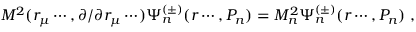
{ \cal M } ^ { 2 } ( r _ { \mu } \cdots , \partial / \partial r _ { \mu } \cdots ) \Psi _ { n } ^ { ( \pm ) } ( r \cdots , P _ { n } ) = M _ { n } ^ { 2 } \Psi _ { n } ^ { ( \pm ) } ( r \cdots , P _ { n } ) \; ,